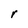
Character: r